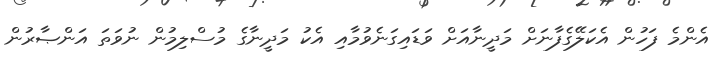
އެންމެ ފަހުން އެކަލޭގެފާނަށް މަދީނާއަށް ވަޑައިގަނެވުމާއި އެކު މަދީނާގެ މުސްލިމުން ނުވަތަ އަންޞާރުން